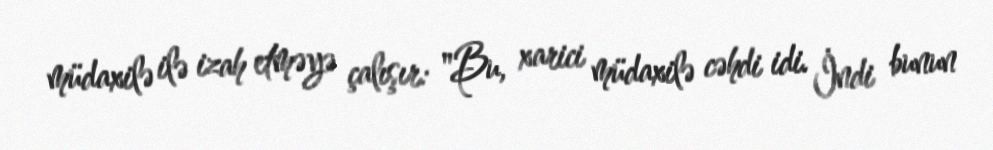
müdaxilə ilə izah etməyə çalışır: "Bu, xarici müdaxilə cəhdi idi. İndi bunun